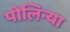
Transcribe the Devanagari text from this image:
पोलिन्या